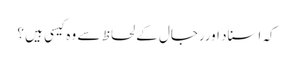
کہ اسناد اوررجال کے لحاظ سے وہ کیسی ہیں ؟